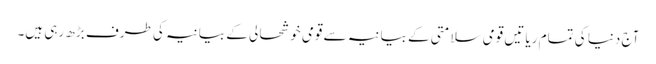
آج دنیا کی تمام ریا تیں قومی سلامتی کے بیانیہ سے قومی خوشحا لی کے بیانیہ کی طرف بڑھ رہی ہیں۔